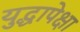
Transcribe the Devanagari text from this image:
युद्धापेक्षा